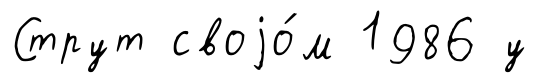
Струт своjо́м 1986 у